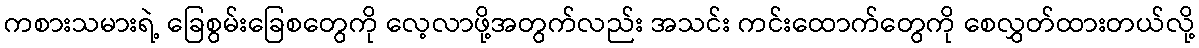
ကစားသမားရဲ့ ခြေစွမ်းခြေစတွေကို လေ့လာဖို့အတွက်လည်း အသင်း ကင်းထောက်တွေကို စေလွှတ်ထားတယ်လို့